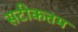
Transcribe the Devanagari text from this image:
सटीकतम